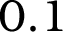
0 . 1